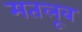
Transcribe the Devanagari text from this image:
मतलूब